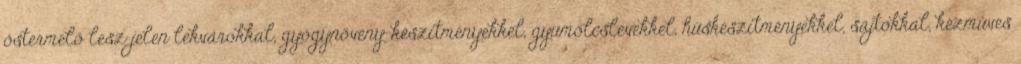
őstermelő lesz jelen lekvárokkal, gyógynövény-készítményekkel, gyümölcslevekkel, húskészítményekkel, sajtokkal, kézműves